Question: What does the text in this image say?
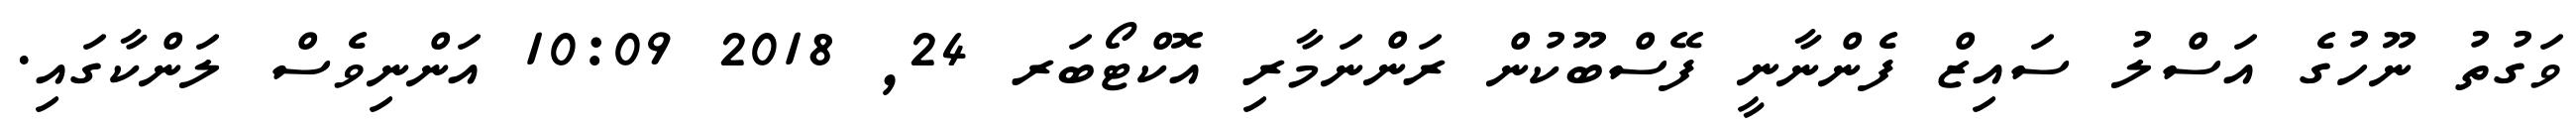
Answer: ވަގުތު ނޫހުގެ އަސްލު ސައިޒް ފެންނާނީ ފޭސްބޫކުން ރަންނަމާރި އޮކްޓޯބަރ 24, 2018 10:09 އަންނިވެސް ލަންކާގައި.